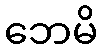
ဘေမိ